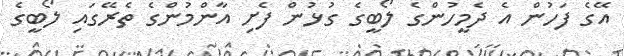
އޭގެ ފަހުން އެ ދެމީހުންގެ ލޯބީގެ ގުޅުން ފެށި އާންމުންގެ ތެރޭގައި ލޯބީގެ